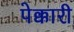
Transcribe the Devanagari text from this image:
पेक्कारी